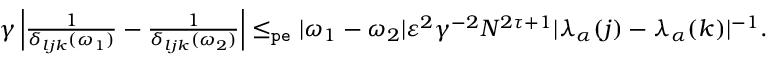
\begin{array} { r } { \gamma \left| \frac { 1 } { \delta _ { l j k } ( \omega _ { 1 } ) } - \frac { 1 } { \delta _ { l j k } ( \omega _ { 2 } ) } \right| \le _ { \mathtt { p e } } | \omega _ { 1 } - \omega _ { 2 } | \varepsilon ^ { 2 } \gamma ^ { - 2 } N ^ { 2 \tau + 1 } | \lambda _ { \alpha } ( j ) - \lambda _ { \alpha } ( k ) | ^ { - 1 } . } \end{array}